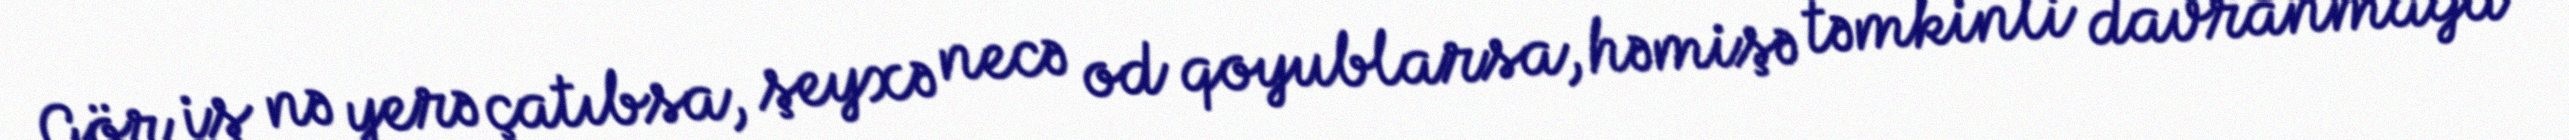
Gör iş nə yerə çatıbsa, şeyxə necə od qoyublarsa, həmişə təmkinli davranmağa